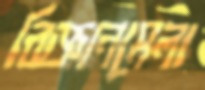
বিজ্ঞানমেলা